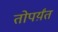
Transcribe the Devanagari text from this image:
तोपर्य़ंत